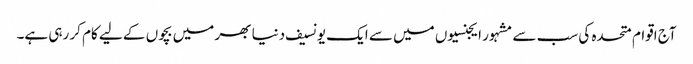
آج اقوام متحدہ کی سب سے مشہور ایجنسیوں میں سے ایک یونسیف دنیا بھر میں بچوں کے لیے کام کر رہی ہے۔